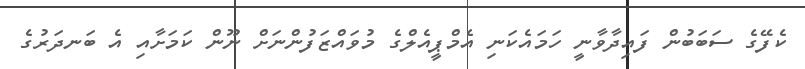
ކެފޭގެ ސަބަބުން ފައިދާވާނީ ހަމައެކަނި އެމްޕީއެލްގެ މުވައްޒަފުންނަށް ނޫން ކަމަށާއި އެ ބަނދަރުގެ